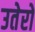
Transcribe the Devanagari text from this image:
उतेरो